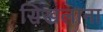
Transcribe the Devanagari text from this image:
सिखलाना